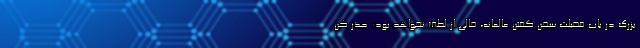
بزرگ در باب فضیلت سخن گفتن عالمانه، خالی از لطف نخواهد بود: حذر کن